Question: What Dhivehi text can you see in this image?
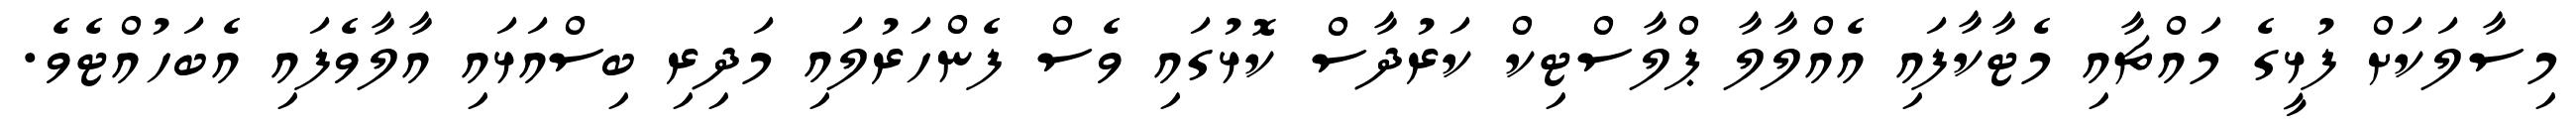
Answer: މިސާލަކަށް ފުޅީގެ މައްޗާއި މެޓާކާފައި އެއްލާލާ ޕްލާސްޓިކް ކަރުދާސް ކޮޅުގައި ވެސް ފެންހަރުލައި މަދިރި ބިސްއަޅައި އާލާވެފައި އެބަހުއްޓެވެ.